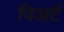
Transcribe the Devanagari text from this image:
पिअर्ट